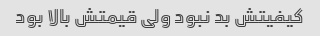
کیفیتش بد نبود ولی قیمتش بالا بود